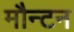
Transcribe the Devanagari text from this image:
मौन्टन